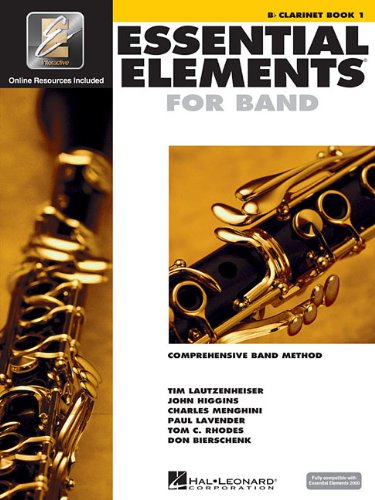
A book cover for Essential Elements 2000: Comprehensive Band Method: B Flat Clarinet Book 1; Arts & Photography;